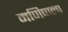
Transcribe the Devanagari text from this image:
मणिपाला